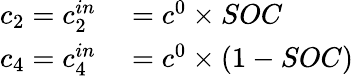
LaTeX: \begin{array}{rl}{c_{2}=c_{2}^{in}}&{{}=c^{0}\times SOC}\\ {c_{4}=c_{4}^{in}}&{{}=c^{0}\times(1-SOC)}\end{array}